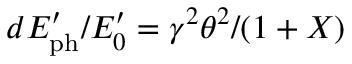
d E _ { \mathrm { p h } } ^ { \prime } / E _ { 0 } ^ { \prime } = \gamma ^ { 2 } \theta ^ { 2 } / ( 1 + X )